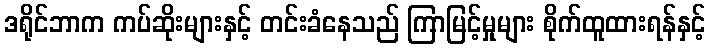
ဒရိုင်ဘာက ကပ်ဆိုးများနှင့် တင်းခံနေသည် ကြာမြင့်မှုများ စိုက်ထူထားရန်နှင့်